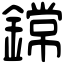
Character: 鏛